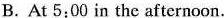
B.At 5:00 in the afternoon.